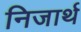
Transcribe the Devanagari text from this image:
निजार्थ